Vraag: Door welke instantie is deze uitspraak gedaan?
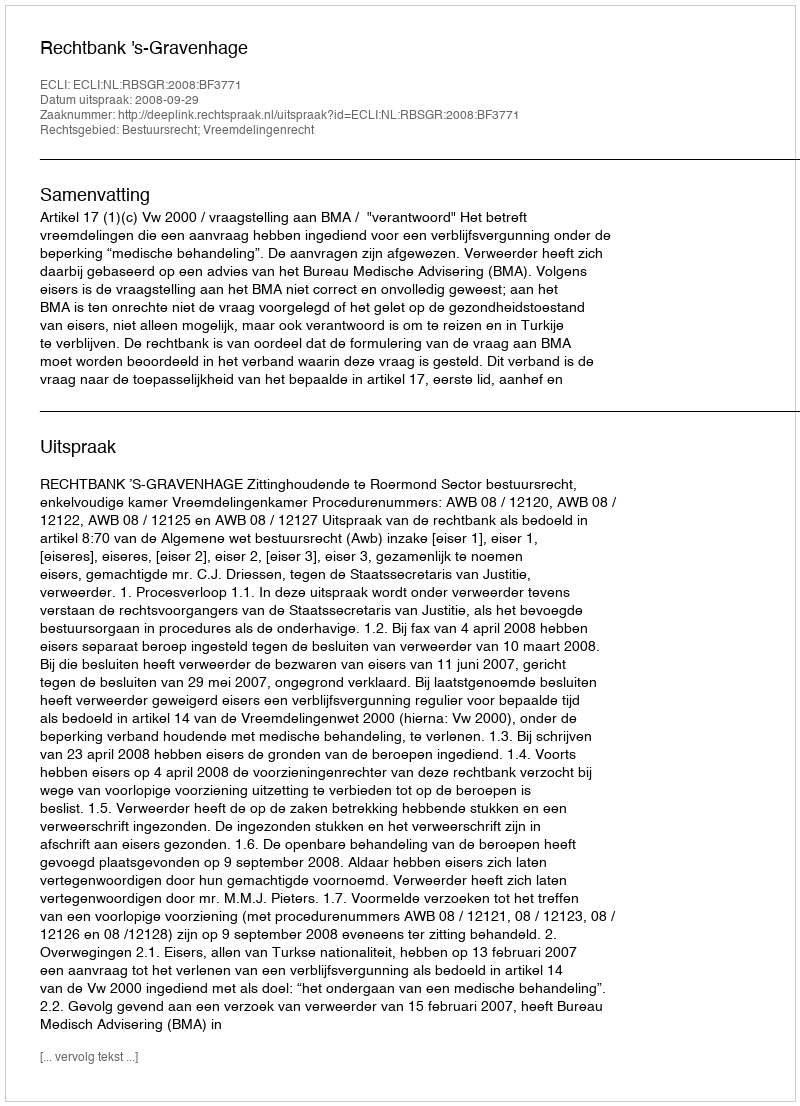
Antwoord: Rechtbank 's-Gravenhage